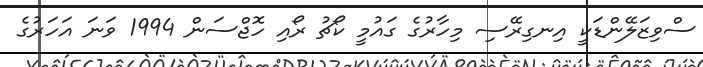
ސްވިޒަލޭންޑަކީ އިނގިރޭސި މިހާރުގެ ގައުމީ ކޯޗު ރޯއި ހޮޖްސަން 1994 ވަނަ އަހަރުގެ